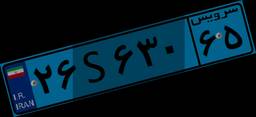
۲۶S۶۳۰۶۵